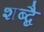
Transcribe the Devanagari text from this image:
शब्ब्दै